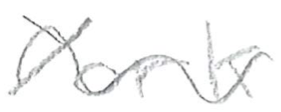
Text: York
Cross-out: wave
Writing tool: pencil